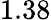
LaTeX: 1.38